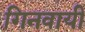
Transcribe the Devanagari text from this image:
गिनवायी